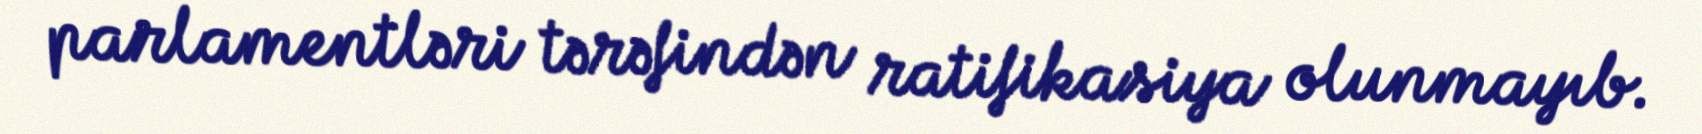
parlamentləri tərəfindən ratifikasiya olunmayıb.